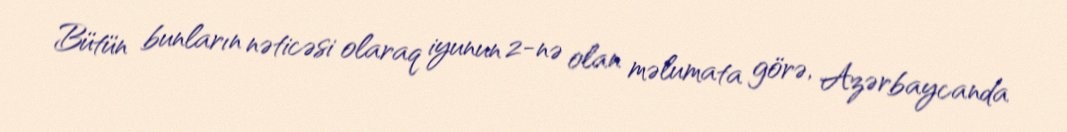
Bütün bunların nəticəsi olaraq iyunun 2-nə olan məlumata görə, Azərbaycanda